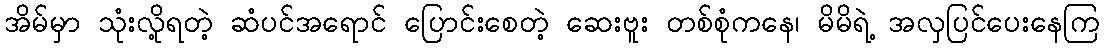
အိမ်မှာ သုံးလို့ရတဲ့ ဆံပင်အရောင် ပြောင်းစေတဲ့ ဆေးဗူး တစ်စုံကနေ၊ မိမိရဲ့ အလှပြင်ပေးနေကြ